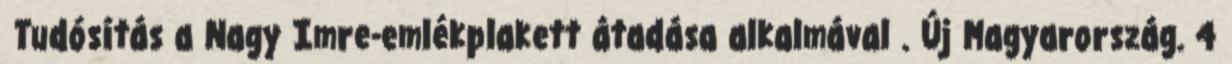
Tudósítás a Nagy Imre-emlékplakett átadása alkalmával . Új Magyarország. 4